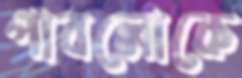
পাবলোকে